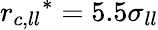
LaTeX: {r_{c,ll}}^{*}=5.5\sigma_{ll}